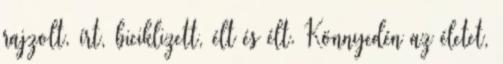
rajzolt, írt, biciklizett, élt és élt. Könnyedén az életet,